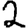
Digit: 2